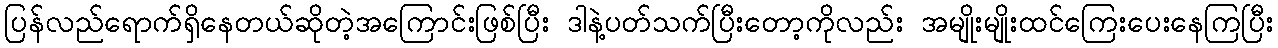
ပြန်လည်ရောက်ရှိနေတယ်ဆိုတဲ့အကြောင်းဖြစ်ပြီး ဒါနဲ့ပတ်သက်ပြီးတော့ကိုလည်း အမျိုးမျိုးထင်ကြေးပေးနေကြပြီး